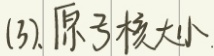
原子核大小